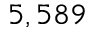
5 , 5 8 9